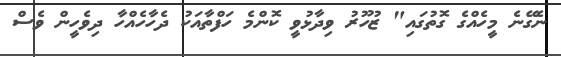
ނެގޭނެ މީހެއްގެ ގޮތުގައި" ޒުހޫރު ވިދާޅުވީ ކޮންމެ ހަފްތާއަކު ދެހާހެއްހާ ދިވެހީން ވެސް